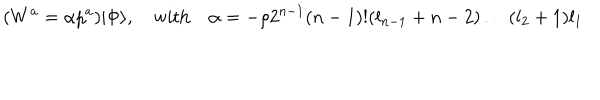
LaTeX: ( W ^ { a } = \alpha p ^ { a } ) | \Phi \rangle , \quad \mathrm { w i t h } \quad \alpha = - \rho 2 ^ { n - 1 } ( n - 1 ) ! ( l _ { n - 1 } + n - 2 ) \ldots ( l _ { 2 } + 1 ) l _ { 1 }